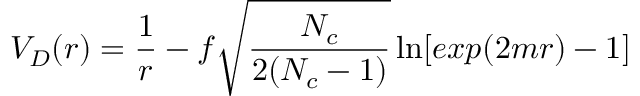
V _ { D } ( r ) = { \frac { 1 } { r } } - f \sqrt { \frac { N _ { c } } { 2 ( N _ { c } - 1 ) } } \ln [ e x p ( 2 m r ) - 1 ] \qquad